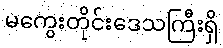
မကွေးတိုင်းဒေသကြီးရှိ